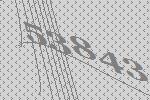
53843